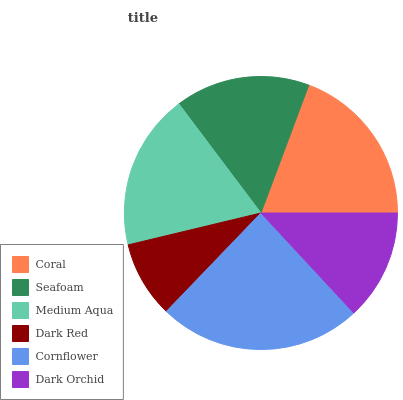
| Coral | Seafoam | Medium Aqua | Dark Red | Cornflower | Dark Orchid |
 | --- | --- | --- | --- | --- | --- |
 | 19.3% | 15.9% | 18.5% | 9.09% | 24.1% | 13.1% |